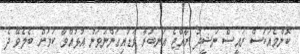
ކޮންމެއަކަސް ރައީސް ނަޝީދު ރާއްޖެ އަނބުރާ ވަޑައިގަންނަވަން އުޅުއްވާ ކަމަށް ބެލެވޭ ދެ